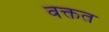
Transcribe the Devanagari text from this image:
वक्तत